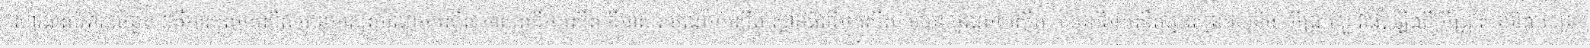
សារធាតុបំពុលចំនួន ៥គឺអាសូតអុកស៊ីត មានអាសូតម៉ូណូអុកស៊ីត អាសូតឌីអុកស៊ីត ឌីអាសូតម៉ូណូអុកស៊ីត ស្ពាន់ធ័រឌីអុកស៊ីត កាបូន ម៉ូណូអុកស៊ីត កាបូនឌីអុកស៊ីតឬឧស្ម័នកាបូនិច  អ៊ីដ្រូកាបួ វាផ្សំឡើងពី អ៊ីដ្រូសែននិងកាបូន